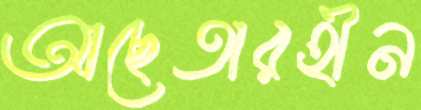
আছেতারহীন